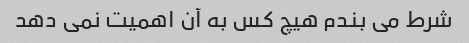
شرط می بندم هیچ کس به آن اهمیت نمی دهد